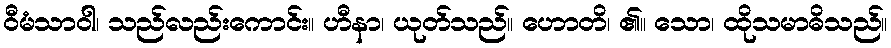
ဝီမံသာဝါ၊ သည်လည်းကောင်း။ ဟီနာ၊ ယုတ်သည်။ ဟောတိ၊ ၏။ သော၊ ထိုသမာဓိသည်။